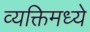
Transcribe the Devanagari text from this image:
व्यक्तिमध्ये